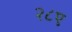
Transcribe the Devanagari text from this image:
२८ए